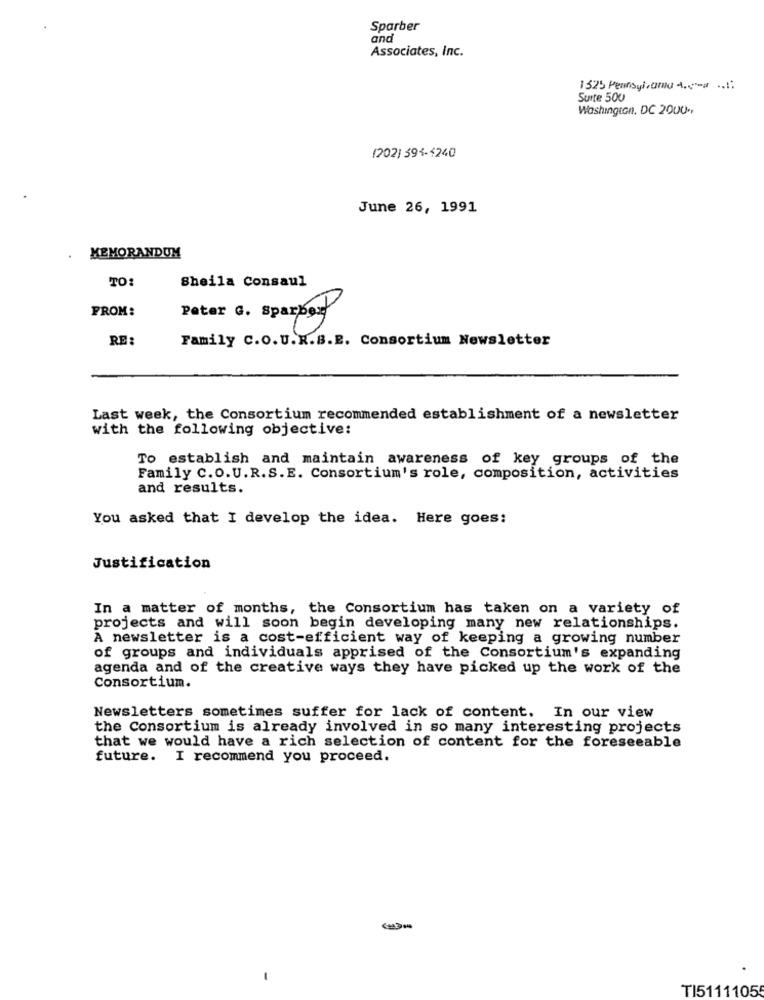
Sparber
and
Associates, Inc.
1525 Pennsylvania .
Suite 500
Washington, DC 2000 .,
(202) 594-4240
June 26, 1991
MEMORANDUM
TO:
Sheila Consaul
FROM:
Peter G. Sparpor
RE:
Family C.O.U.R.B.E. Consortium Newsletter
Last week, the Consortium recommended establishment of a newsletter
with the following objective:
To establish and maintain awareness of key groups of the
Family C.O.U.R.S.E. Consortium's role, composition, activities
and results.
You asked that I develop the idea. Here goes:
Justification
In a matter of months, the Consortium has taken on a variety of
projects and will soon begin developing many new relationships.
A newsletter is a cost-efficient way of keeping a growing number
of groups and individuals apprised of the Consortium's expanding
agenda and of the creative ways they have picked up the work of the
Consortium.
Newsletters sometimes suffer for lack of content. In our view
the Consortium is already involved in so many interesting projects
that we would have a rich selection of content for the foreseeable
future. I recommend you proceed.
TI5111105